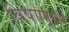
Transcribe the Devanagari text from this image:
विषाणूशी